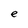
Character: e